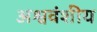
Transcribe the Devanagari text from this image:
अश्ववंशीय